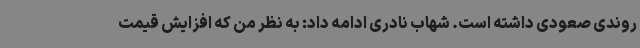
روندی صعودی داشته است. شهاب نادری ادامه داد: به نظر من که افزایش قیمت